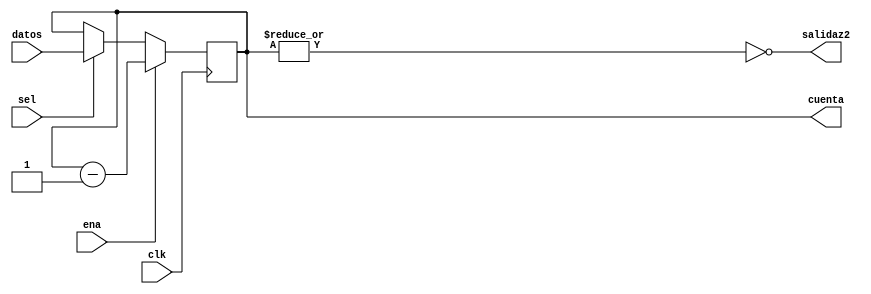
`timescale 1ns / 1ps
//////////////////////////////////////////////////////////////////////////////////

module CDescent(clk,sel,ena,salidaz2,datos, cuenta);

input clk,ena,sel;
output wire salidaz2;
input [3:0] datos;
output reg [3:0] cuenta;


always @(negedge clk)

	if(ena)
		cuenta=cuenta-4'b001;
	else if(sel)
		cuenta = datos;
	else
		cuenta=cuenta;
			
assign salidaz2=~|cuenta;


endmodule